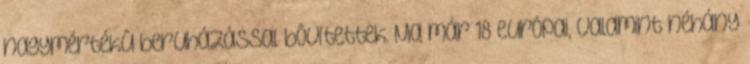
nagymértékû beruházással bôvítettek. Ma már 18 európai, valamint néhány